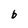
Character: b